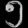
Digit: ၅